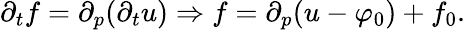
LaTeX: \partial_{t}f=\partial_{p}(\partial_{t}u)\Rightarrow f=\partial_{p}(u-\varphi_{0})+f_{0}.